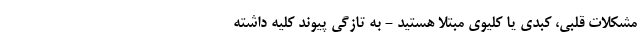
مشکلات قلبی، کبدی یا کلیوی مبتلا هستید - به تازگی پیوند کلیه داشته